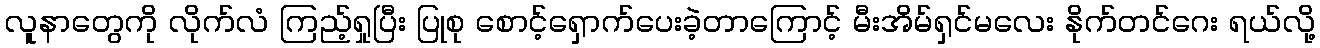
လူနာတွေကို လိုက်လံ ကြည့်ရှုပြီး ပြုစု စောင့်ရှောက်ပေးခဲ့တာကြောင့် မီးအိမ်ရှင်မလေး နိုက်တင်ဂေး ရယ်လို့